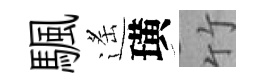
颿遙璜竹